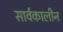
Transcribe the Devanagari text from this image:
सार्वकालीन